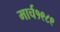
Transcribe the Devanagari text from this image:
मार्च१९८९